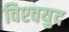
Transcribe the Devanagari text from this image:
विश्‍वयुद